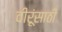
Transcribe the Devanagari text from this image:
वीरूंसाठी